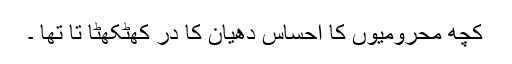
کچھ محرومیوں کا احساس دھیان کا در کھٹکھٹا تا تھا ۔